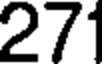
271